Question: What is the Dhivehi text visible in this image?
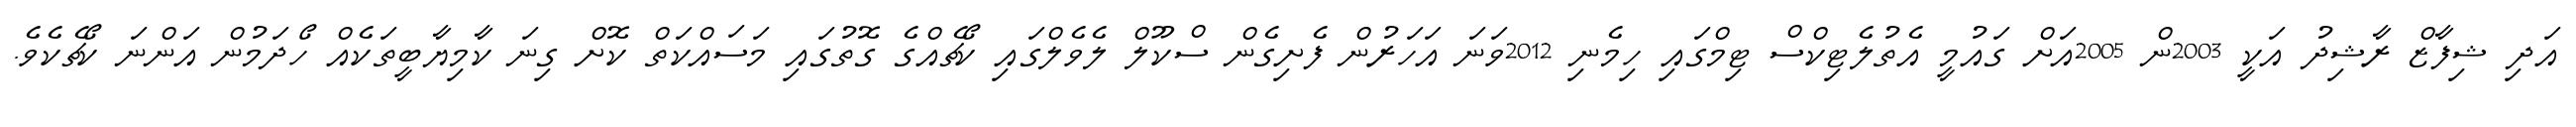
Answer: އަދި ޝިފާޒް ރާޝިދު އަކީ 2003ން 2005އަށް ގައުމީ އެތުލެޓިކްސް ޓިމްގައި ހިމެނި 2012ވަނަ އަހަރުން ފެށިގެން ސްކޫލް ލެވެލްގައި ކޯޗެއްގެ ގޮތުގައި މަސައްކަތް ކޮށް ގިނަ ކާމިޔާބީތަކެއް ހޯދަމުން އަންނަ ކޯޗެކެވެ.